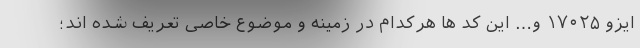
ایزو ۱۷۰۲۵ و… این کد ها هرکدام در زمینه و موضوع خاصی تعریف شده اند؛